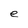
Character: e